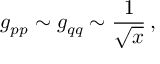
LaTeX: g _ { p p } \sim g _ { q q } \sim \frac { 1 } { \sqrt { x } } \, ,